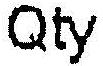
QTY